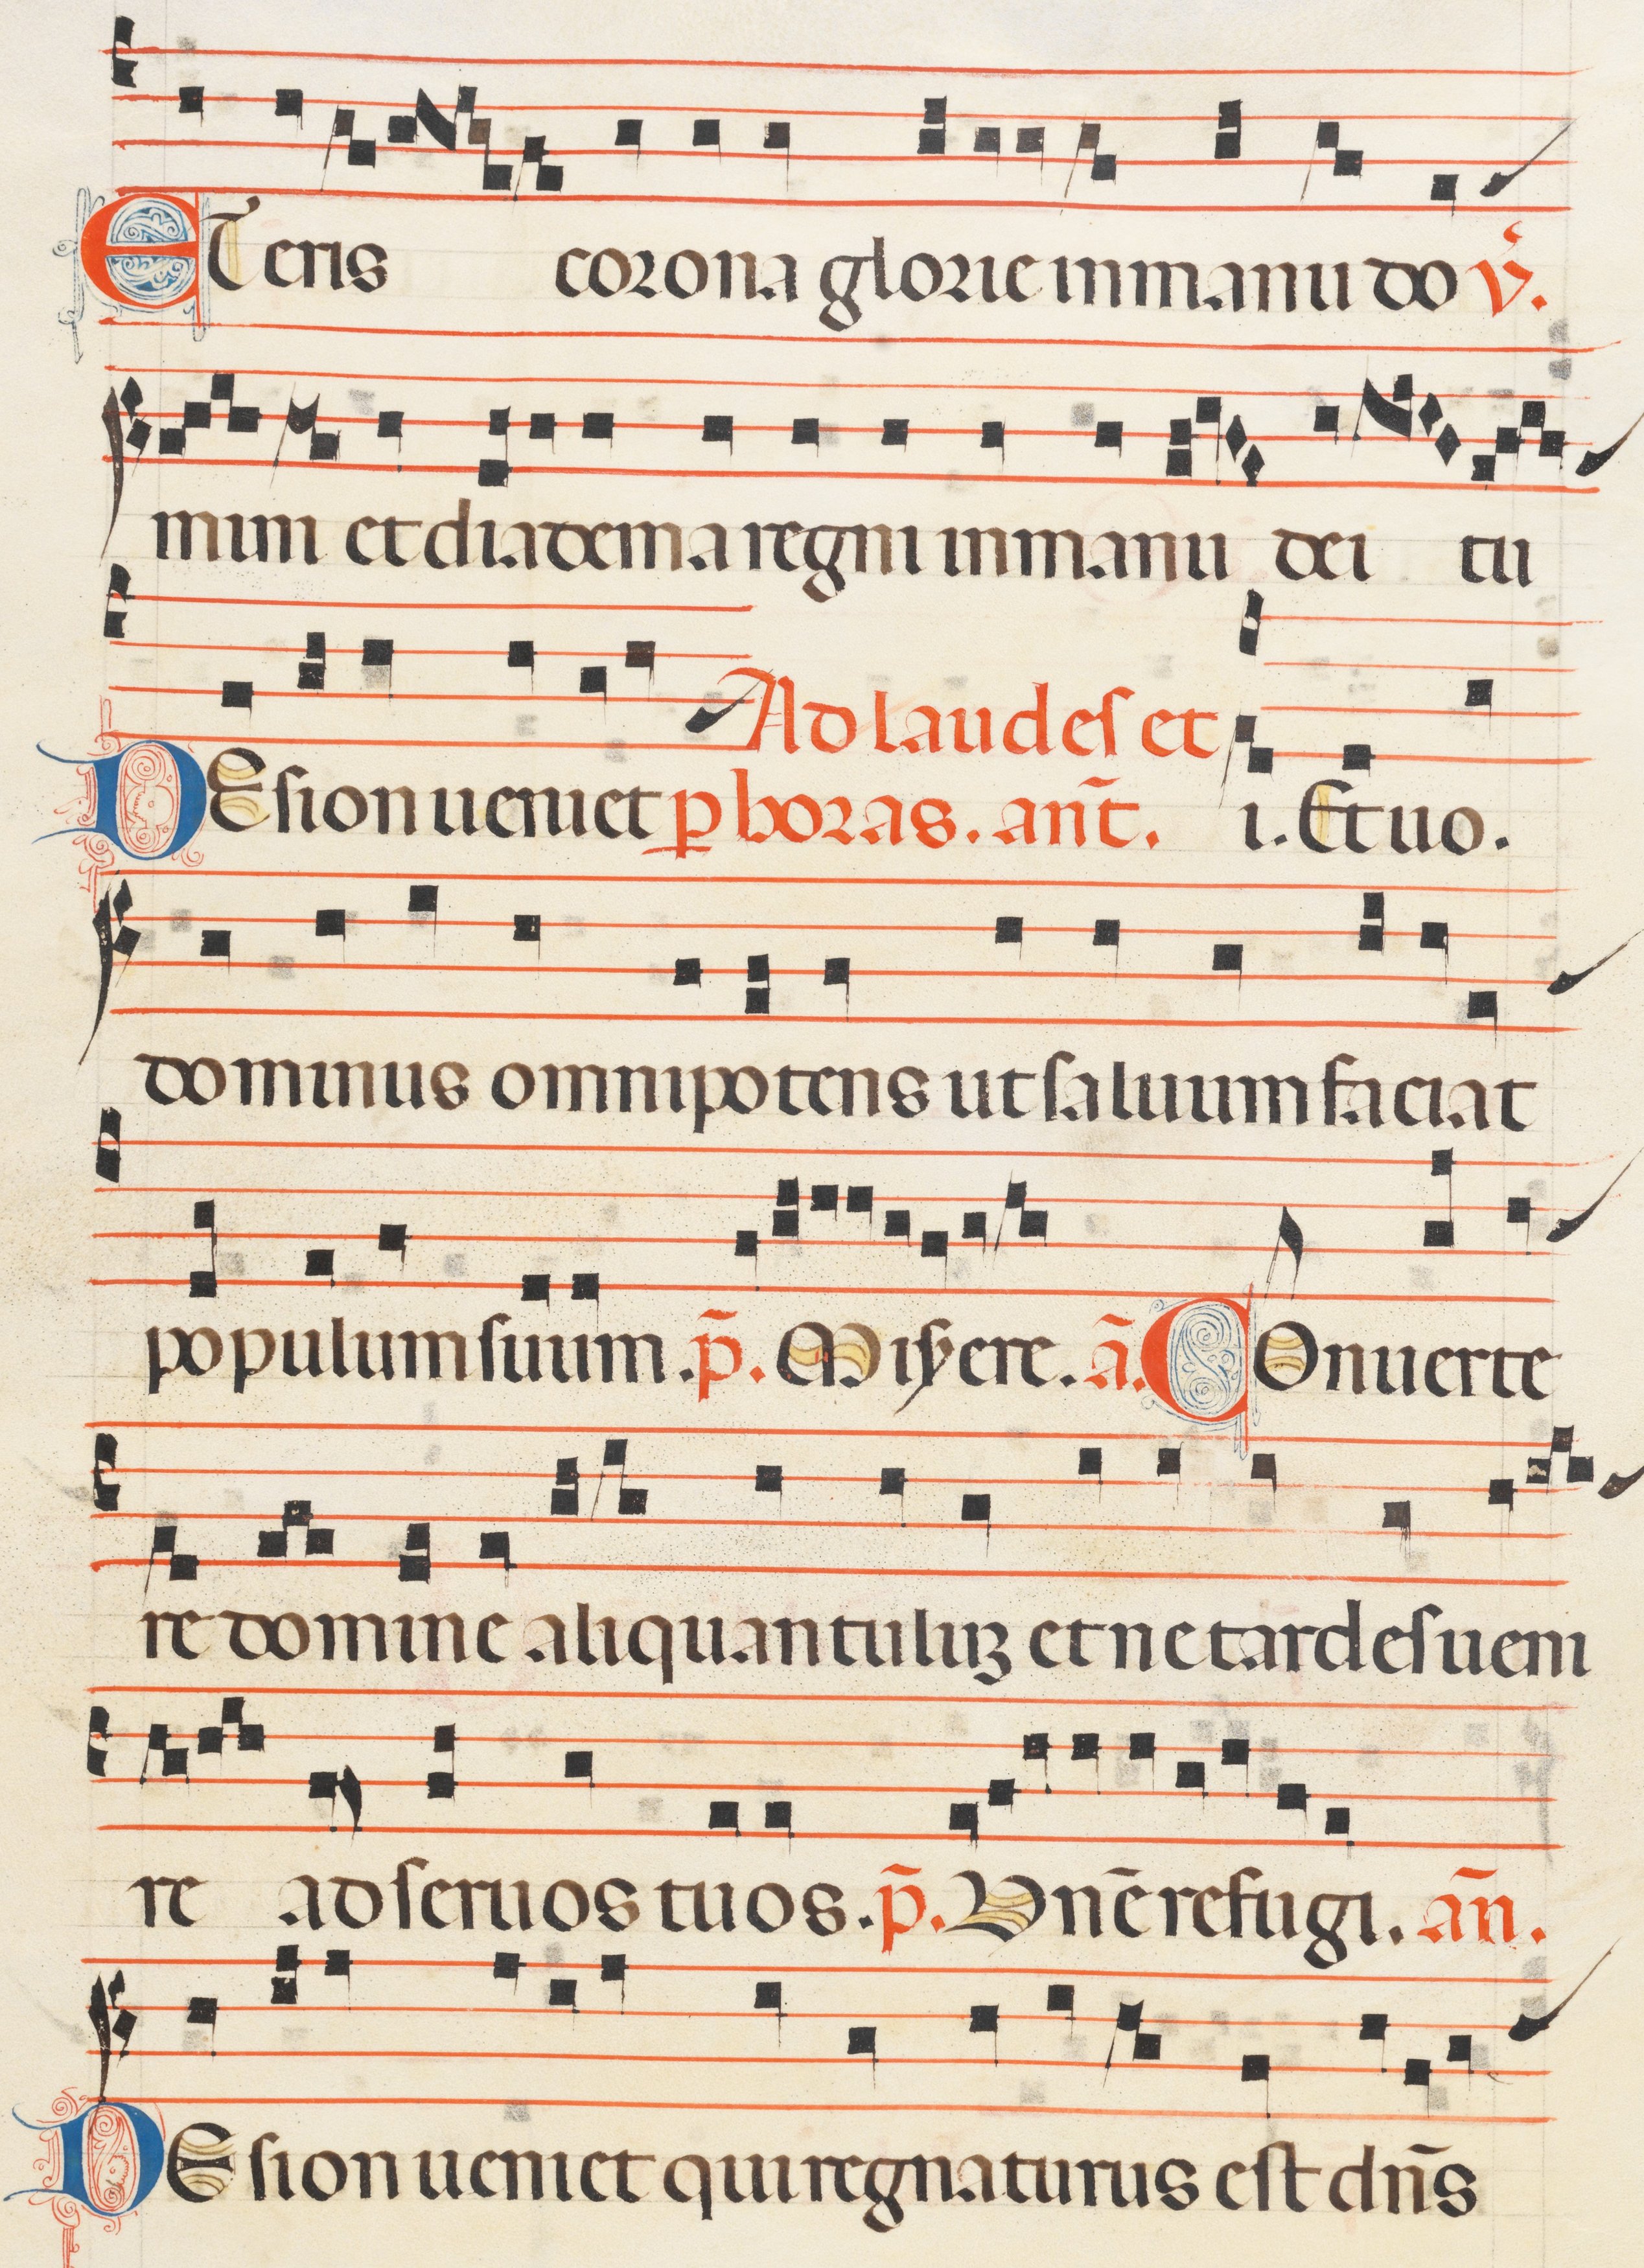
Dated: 1300–1330